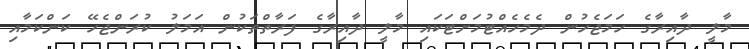
މާލީ ދާއިރާގެ ހަމަޖެހުން ދެމެހެއްޓުމަށްޓަކައި މާލީ ދާއިރާގެ ފަރާތްތަކުން އަމަލު ކުރަންޖެހޭ ކަންކަމާއި